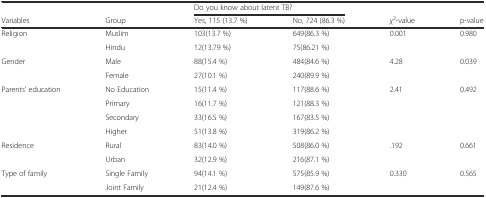
|  |  | <COLSPAN=2> Do you know about latent TB? |  |  |
 | Variables | Group | Yes, 115 (13.7 %) | No, 724 (86.3 %) | χ2-value | p-value |
 | --- | --- | --- | --- | --- | --- |
 | <ROWSPAN=2> Religion | Muslim | 103(13.7 %) | 649(86.3 %) | <ROWSPAN=2> 0.001 | <ROWSPAN=2> 0.980 |
 | Hindu | 12(13.79 %) | 75(86.21 %) |
 | <ROWSPAN=2> Gender | Male | 88(15.4 %) | 484(84.6 %) | <ROWSPAN=2> 4.28 | <ROWSPAN=2> 0.039 |
 | Female | 27(10.1 %) | 240(89.9 %) |
 | <ROWSPAN=4> Parents’ education | No Education | 15(11.4 %) | 117(88.6 %) | <ROWSPAN=4> 2.41 | <ROWSPAN=4> 0.492 |
 | Primary | 16(11.7 %) | 121(88.3 %) |
 | Secondary | 33(16.5 %) | 167(83.5 %) |
 | Higher | 51(13.8 %) | 319(86.2 %) |
 | <ROWSPAN=2> Residence | Rural | 83(14.0 %) | 508(86.0 %) | <ROWSPAN=2> .192 | <ROWSPAN=2> 0.661 |
 | Urban | 32(12.9 %) | 216(87.1 %) |
 | <ROWSPAN=2> Type of family | Single Family | 94(14.1 %) | 575(85.9 %) | <ROWSPAN=2> 0.330 | <ROWSPAN=2> 0.565 |
 | Joint Family | 21(12.4 %) | 149(87.6 %) |